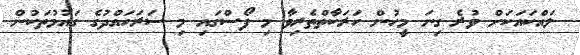
ލައްކައަކަށް ވުރެ ގިނަ މީހުން ހަރަކާތްތެރިވާ މި ފޯސްގައި މި ސަރަހައްދުގެ ގައުމުތަކުން